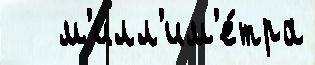
   м'илл'им'е́тра